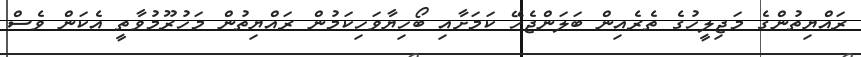
ރައްޔިތުންގެ މަޖިލީހުގެ ތެރެއިން ބަލަންޖެހޭ ކަމަށާއި ބޯހިޔާވަހިކަމުން ރައްޔިތުން މަހުރޫމުވާތީ އެކަން ވެސް